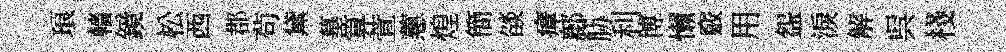
琅轖鏡松西郡茍黛墓算萱蕙煌簡燄瘴鄜胁利博懒竅用盌淚解呉棧